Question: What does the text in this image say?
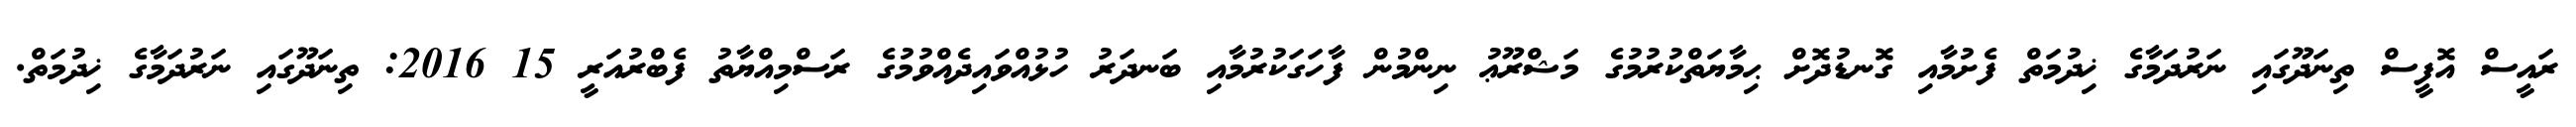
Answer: ރައީސް އޮފީސް ތިނަދޫގައި ނަރުދަމާގެ ޚިދުމަތް ފެށުމާއި ގޮނޑުދޮށް ޙިމާޔަތްކުރުމުގެ މަޝްރޫޢު ނިންމުން ފާހަގަކުރުމާއި ބަނދަރު ހުޅުއްވައިދެއްވުމުގެ ރަސްމިއްޔާތު ފެބްރުއަރީ 15 2016: ތިނަދޫގައި ނަރުދަމާގެ ޚިދުމަތް.